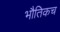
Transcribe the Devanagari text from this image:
भौतिकच